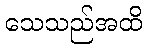
သေသည်အထိ